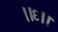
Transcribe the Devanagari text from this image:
।।६।।